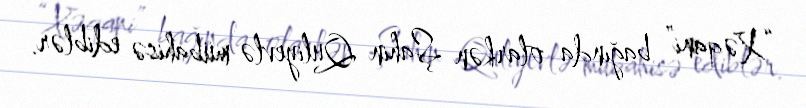
“Xəqani” bağında olarkən Şahin Quliyevlə mübahisə ediblər.